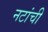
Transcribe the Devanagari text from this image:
नटांची